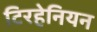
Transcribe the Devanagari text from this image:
टिरहेनियन